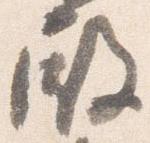
殿